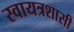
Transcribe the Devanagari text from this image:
स्वायत्रशासी